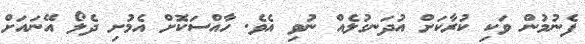
ފެނުމުން ވަކި ކުރާކަށް އުދަނގުލެއް ނުވި އެވެ. ހާއްސަކޮށް އެމުށި ދެލޯ އޭނައަށް